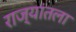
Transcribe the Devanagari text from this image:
राज्यांतला